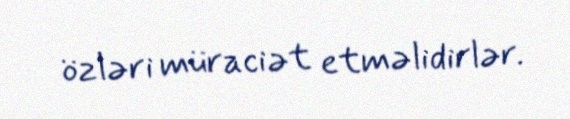
özləri müraciət etməlidirlər.